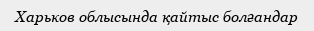
Харьков облысында қайтыс болғандар